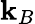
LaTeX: \mathbf{k}_{B}